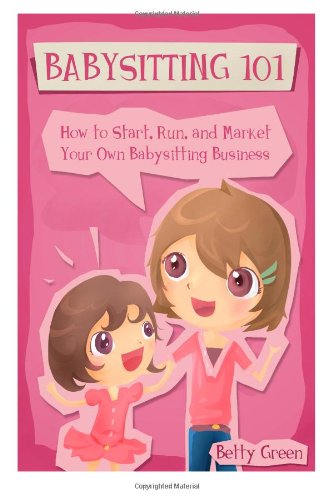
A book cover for Babysitting 101: How to Start, Run, and Market your own Babysitting Business; Betty Green; Parenting & Relationships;